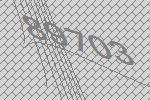
89703